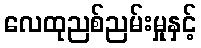
လေထုညစ်ညမ်းမှုနှင့်